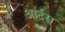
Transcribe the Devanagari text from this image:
आर्टस्‌